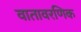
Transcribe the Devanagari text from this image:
वातावरणिक